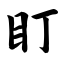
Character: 盯